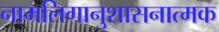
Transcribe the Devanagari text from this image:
नामलिगानुशासनात्मक